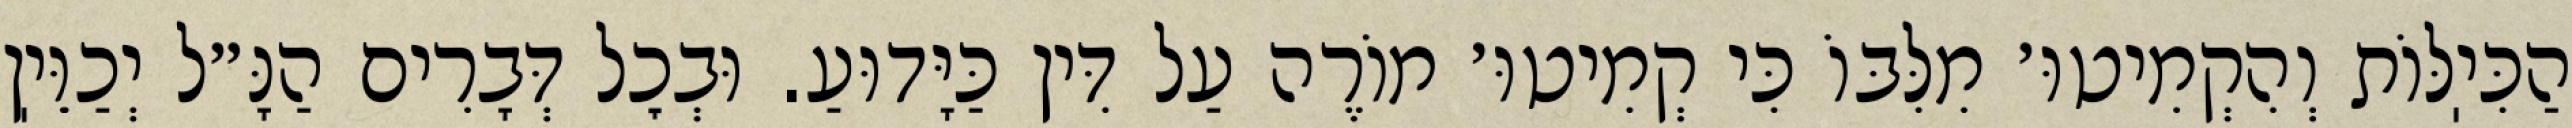
הַכִּיֽלּוֹת וְהִקְמִיטוּ׳ מִלִּבּוֹ כִּי קְמִיטוּ׳ מוֹרֶה עַל דִּין כַּיָּדוּעַ. וּבְכׇל דְּבָרִים הַנָּ״ל יְכַוֵּיֽן